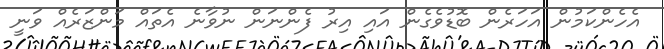
އެހެންކަމުން އަހަރެން ބޮޑުވެގެން އައި އިރު ފެންނަން ނުވާނެ އެތައް މަންޒަރެއް ވަނީ